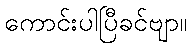
ကောင်းပါပြီခင်ဗျာ။